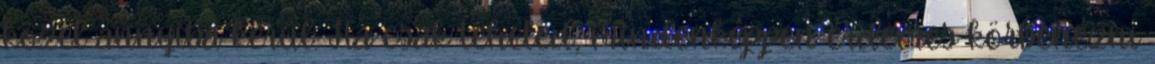
közel annyiba kerül. Ha csak teheted, mindenképpen érdemes körbenézni